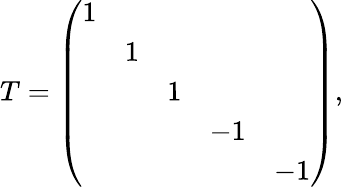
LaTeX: T=\left(\begin{array}{ccccc}{{1}}&{{}}&{{}}&{{}}&{{}}\\ {{}}&{{1}}&{{}}&{{}}&{{}}\\ {{}}&{{}}&{{1}}&{{}}&{{}}\\ {{}}&{{}}&{{}}&{{-1}}&{{}}\\ {{}}&{{}}&{{}}&{{}}&{{-1}}\end{array}\right),